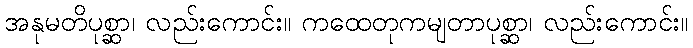
အနုမတိပုစ္ဆာ၊ လည်းကောင်း။ ကထေတုကမျတာပုစ္ဆာ၊ လည်းကောင်း။